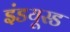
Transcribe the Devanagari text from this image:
इंडयूस्ड